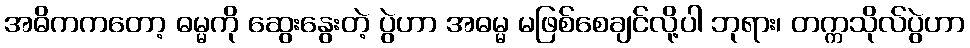
အဓိကကတော့ ဓမ္မကို ဆွေးနွေးတဲ့ ပွဲဟာ အဓမ္မ မဖြစ်စေချင်လို့ပါ ဘုရား၊ တက္ကသိုလ်ပွဲဟာ